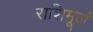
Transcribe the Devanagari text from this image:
राशिमूलं